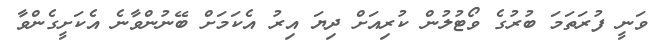
ވަނީ ފުރަތަމަ ބުރުގެ ވޯޓުލުން ކުރިއަށް ދިޔަ އިރު އެކަމަށް ބޭނުންވާނެ އެކަށީގެންވާ